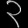
Digit: ၃